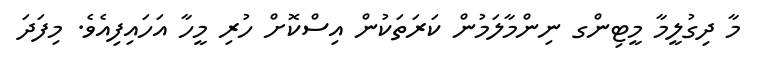
މާ ދިގުލީމާ މީޓިންގ ނިންމާލަމުން ކަރަތަކުން އިސްކޮށް ހުރި މީހާ އަހައިފިއެވެ. މިފަދަ